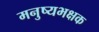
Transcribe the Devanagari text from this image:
मनुष्यभक्षक